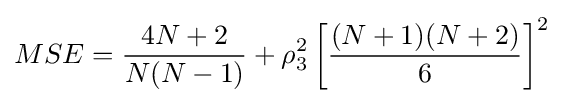
MSE={\frac {4N+2}{N(N-1)}}+\rho _{3}^{2}\left[{\frac {(N+1)(N+2)}{6}}\right]^{2}